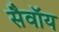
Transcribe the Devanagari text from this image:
सैवॉय